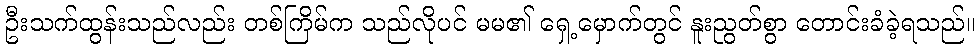
ဦးသက်ထွန်းသည်လည်း တစ်ကြိမ်က သည်လိုပင် မမ၏ ရှေ့မှောက်တွင် နူးညွတ်စွာ တောင်းခံခဲ့ရသည်။